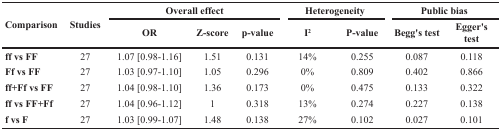
<table><thead><tr><td rowspan="2"><b>Comparison</b></td><td rowspan="2"><b>Studies</b></td><td colspan="3"><b>Overall effect</b></td><td colspan="2"><b>Heterogeneity</b></td><td colspan="2"><b>Public bias</b></td></tr><tr><td><b>OR</b></td><td><b>Z-score</b></td><td><b>p-value</b></td><td><b>I<sup>2</sup></b></td><td><b>P-value</b></td><td><b>Begg's test</b></td><td><b>Egger's test</b></td></tr></thead><tbody><tr><td><b>ff vs FF</b></td><td>27</td><td>1.07 [0.98-1.16]</td><td>1.51</td><td>0.131</td><td>14%</td><td>0.255</td><td>0.087</td><td>0.118</td></tr><tr><td><b>Ff vs FF</b></td><td>27</td><td>1.03 [0.97-1.10]</td><td>1.05</td><td>0.296</td><td>0%</td><td>0.809</td><td>0.402</td><td>0.866</td></tr><tr><td><b>ff+Ff vs FF</b></td><td>27</td><td>1.04 [0.98-1.10]</td><td>1.36</td><td>0.173</td><td>0%</td><td>0.475</td><td>0.133</td><td>0.322</td></tr><tr><td><b>ff vs FF+Ff</b></td><td>27</td><td>1.04 [0.96-1.12]</td><td>1</td><td>0.318</td><td>13%</td><td>0.274</td><td>0.227</td><td>0.138</td></tr><tr><td><b>f vs F</b></td><td>27</td><td>1.03 [0.99-1.07]</td><td>1.48</td><td>0.138</td><td>27%</td><td>0.102</td><td>0.027</td><td>0.101</td></tr></tbody></table>